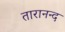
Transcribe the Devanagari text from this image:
तारानन्द